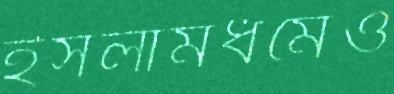
ইসলামধর্মেও